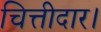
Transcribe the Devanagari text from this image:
चित्तीदार।